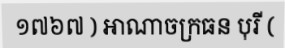
១៧៦៧ ) អាណាចក្រធន បុរី (